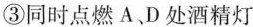
③同时点燃A、D处酒精灯